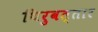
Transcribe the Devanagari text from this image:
थिरुवत्तार